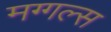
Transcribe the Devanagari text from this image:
मग्गल्स